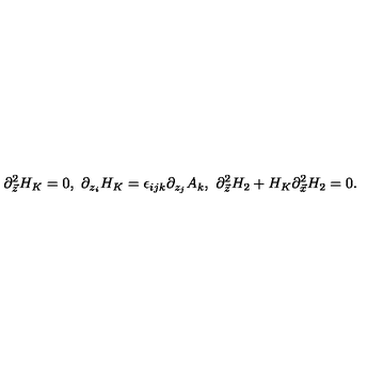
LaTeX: \partial _ { \vec { z } } ^ { 2 } H _ { K } = 0 , \ \partial _ { z _ { i } } H _ { K } = \epsilon _ { i j k } \partial _ { z _ { j } } A _ { k } , \ \partial _ { \vec { z } } ^ { 2 } H _ { 2 } + H _ { K } \partial _ { \vec { x } } ^ { 2 } H _ { 2 } = 0 .